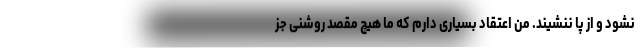
نشود و از پا ننشیند. من اعتقاد بسیاری دارم که ما هیچ مقصد روشنی جز